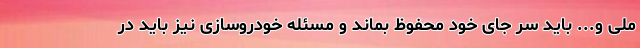
ملی و... باید سر جای خود محفوظ بماند و مسئله خودروسازی نیز باید در